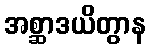
အစ္ဆာဒယိတွာန